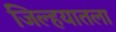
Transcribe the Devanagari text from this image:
जिल्हयातला